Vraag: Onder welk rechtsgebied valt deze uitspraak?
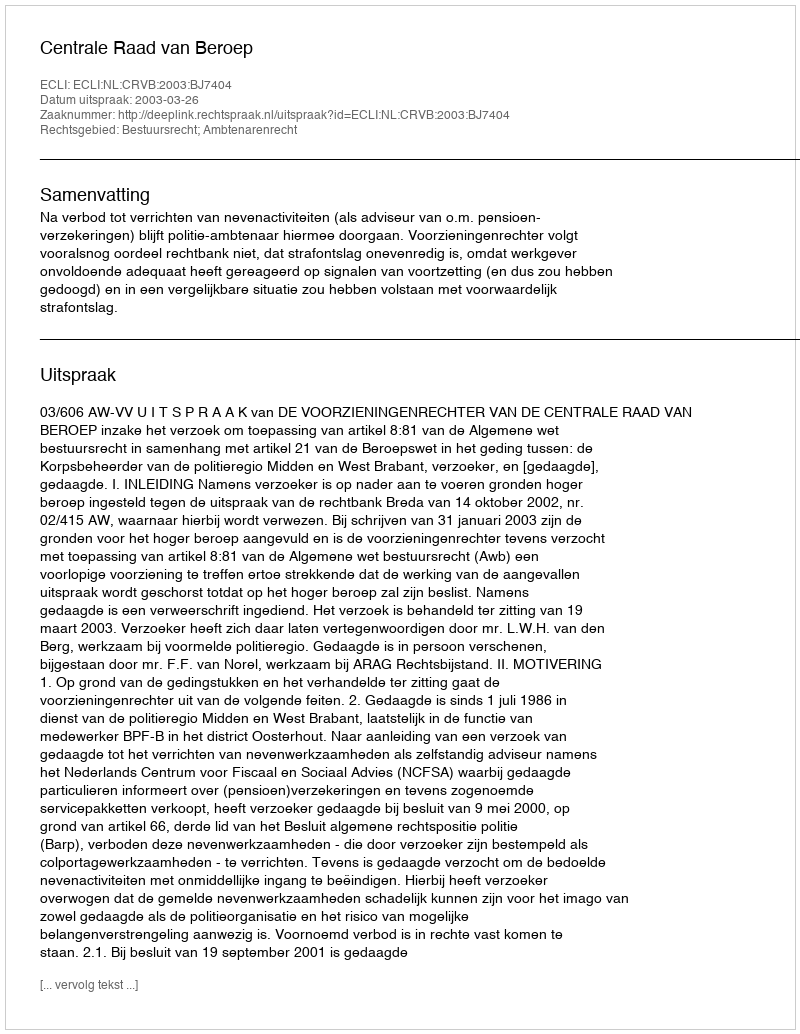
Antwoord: Bestuursrecht; Ambtenarenrecht